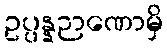
ဥပ္ပန္နဉာဏောမှိ